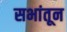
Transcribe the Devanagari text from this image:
सभांतून